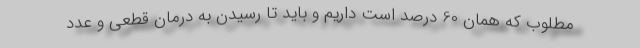
مطلوب که همان 60 درصد است داریم و باید تا رسیدن به درمان قطعی و عدد